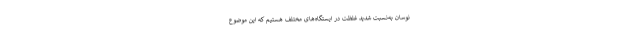
نوسان به‌نسبت شدید غلظت در ایستگاه‌­های مختلف هستیم که این موضوع